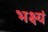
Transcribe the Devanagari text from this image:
भक्ष्यं